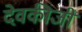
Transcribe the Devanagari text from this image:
देवकीजी